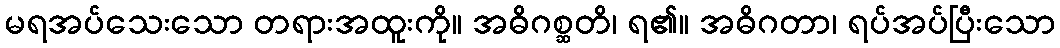
မရအပ်သေးသော တရားအထူးကို။ အဓိဂစ္ဆတိ၊ ရ၏။ အဓိဂတာ၊ ရပ်အပ်ပြီးသော